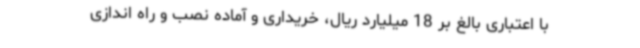
با اعتباری بالغ بر 18 میلیارد ریال، خریداری و آماده نصب و راه اندازی